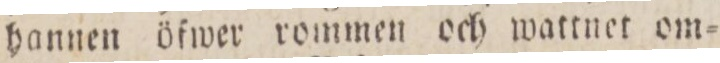
hannen öfwer rommen och wattnet om=